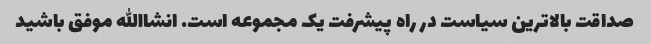
صداقت بالاترین سیاست در راه پیشرفت یک مجموعه است. انشاالله موفق باشید